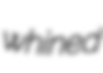
whined